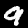
Label: 9